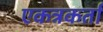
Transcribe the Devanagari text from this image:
एकत्रकर्ता